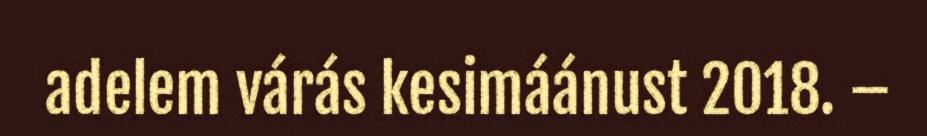
adelem várás kesimáánust 2018. –